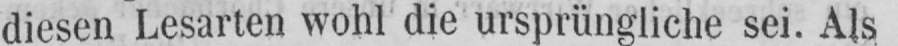
diesen Lesarten wohl die ursprüngliche sei. Als